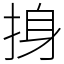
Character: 㧶